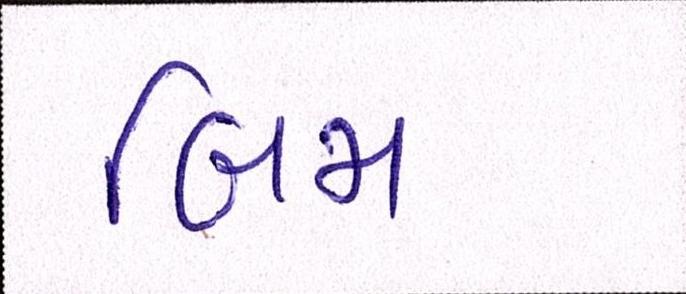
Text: બિમ